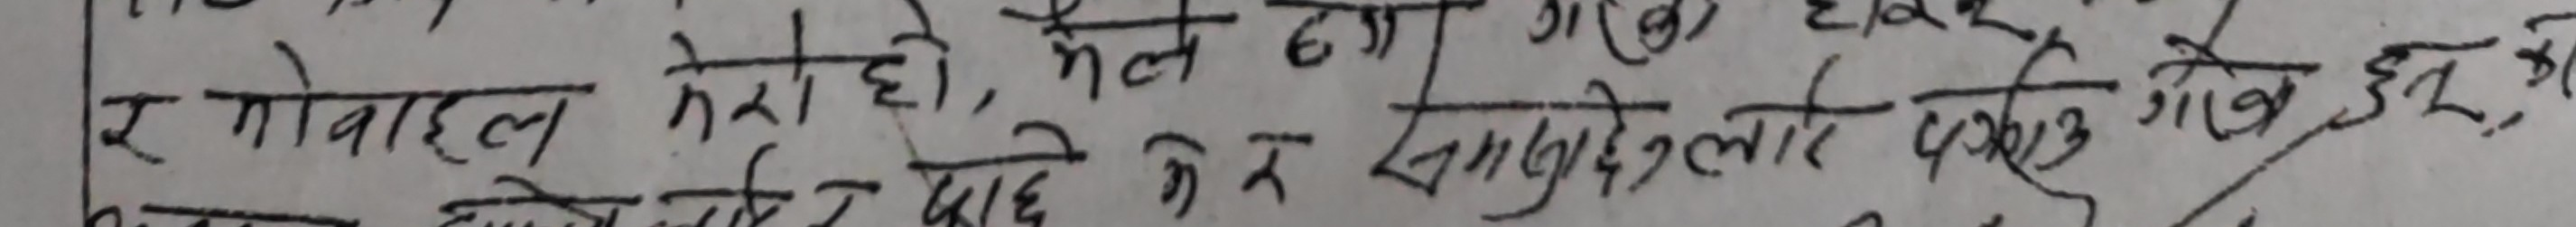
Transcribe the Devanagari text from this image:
र गोवाहल मेरो हो, मैले टन्न गरेको हेर् दिए पछि कन समृद्धि लाई पायो